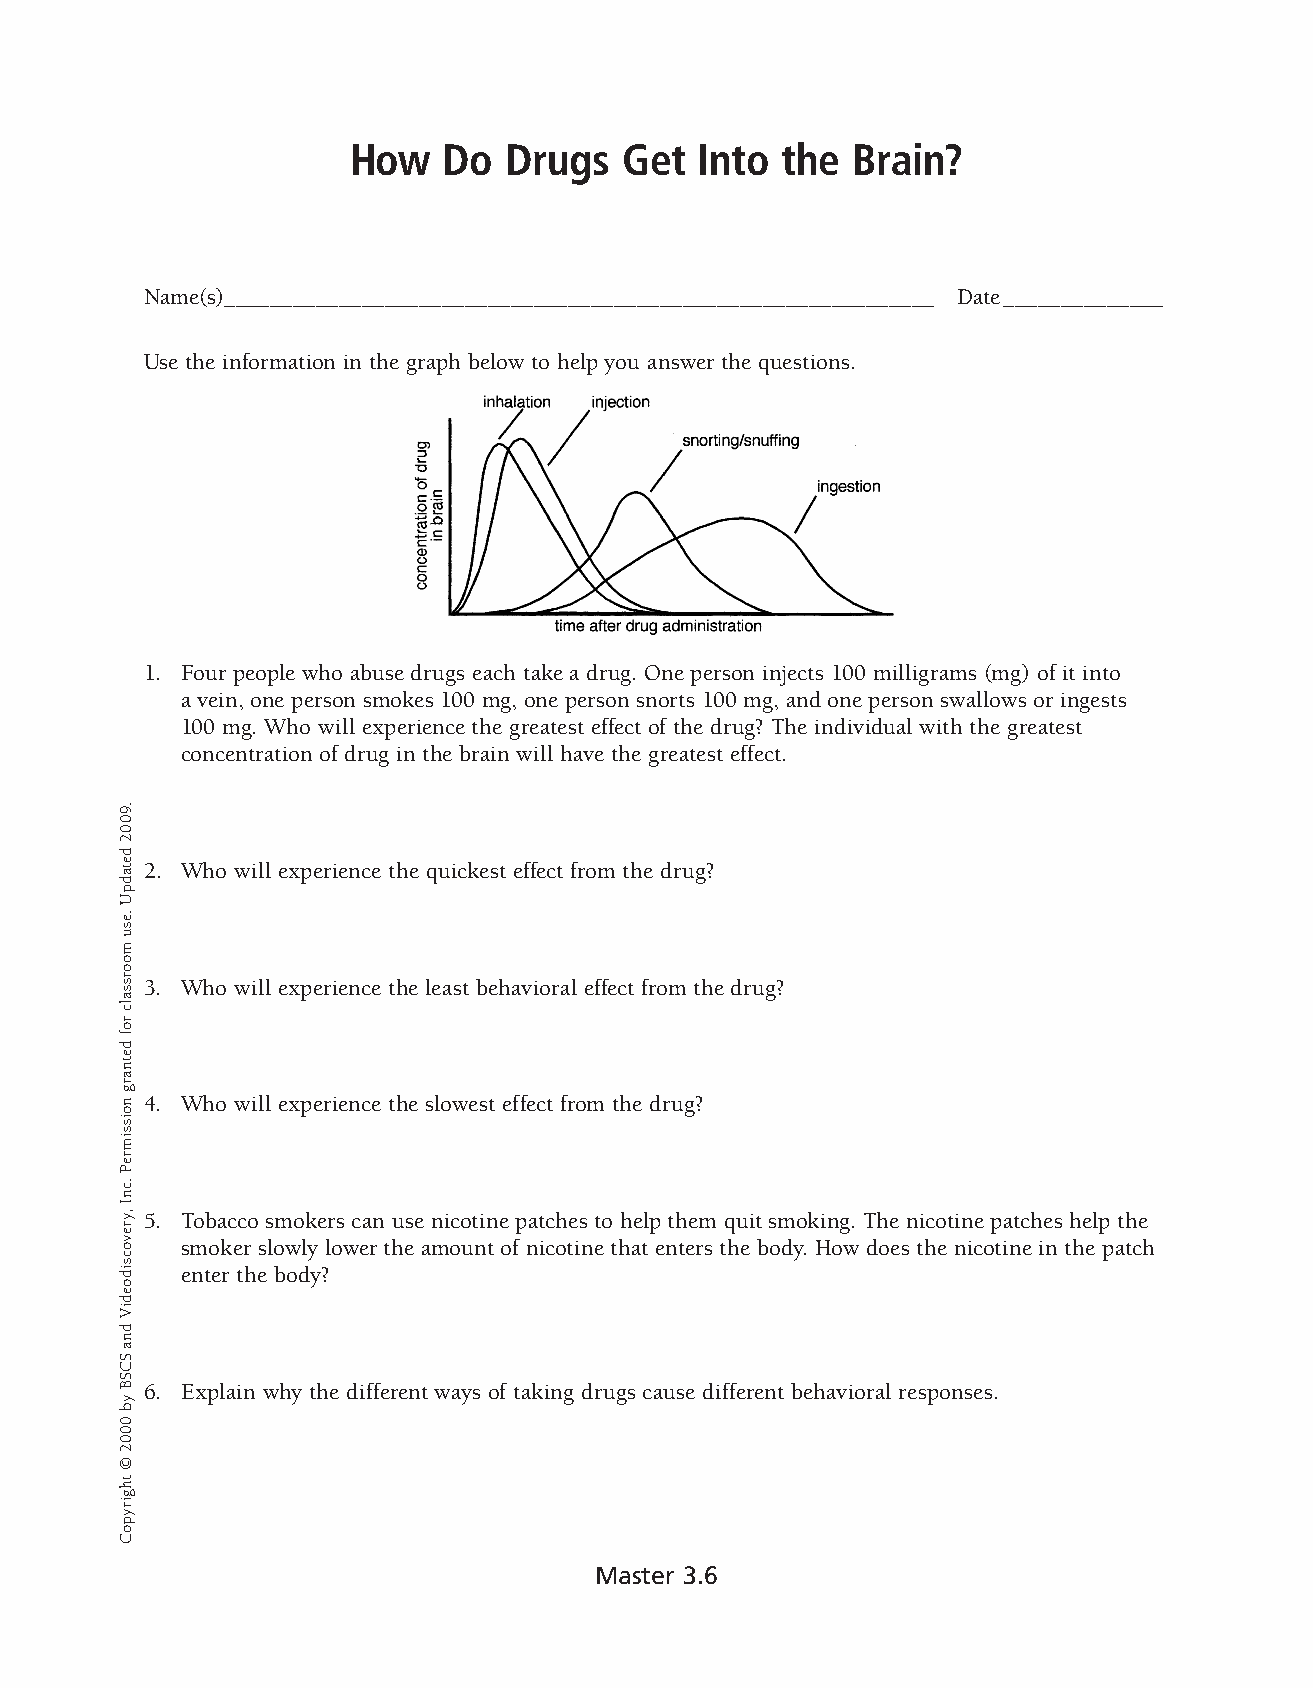
How   Do  Drugs   Get  Into  the Brain?  �
 Name(s) ______________________________________________________________ Date ______________
 Use the information in the graph below to help you answer the questions.
 1. � Four people who abuse drugs each take a drug. One person injects 100 milligrams (mg) of it into
 a vein, one person smokes 100 mg, one person snorts 100 mg, and one person swallows or ingests
 100 mg. Who will experience the greatest effect of the drug? The individual with the greatest
 concentration of drug in the brain will have the greatest effect.
 2. � Who will experience the quickest effect from the drug?
 3. � Who will experience the least behavioral effect from the drug?
 4. � Who will experience the slowest effect from the drug?
 5. � Tobacco smokers can use nicotine patches to help them quit smoking. The nicotine patches help the
 smoker slowly lower the amount of nicotine that enters the body. How does the nicotine in the patch
 enter the body?
 6. � Explain why the different ways of taking drugs cause different behavioral responses.
 Master 3.6
 .9002
 detadpU
 .esu
 moorssalc
 rof
 detnarg
 noissimreP
 .cnI
 ,yrevocsidoediV
 dna
 SCSB
 yb
 0002
 ©
 thgirypoC